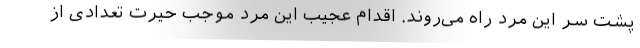
پشت سر این مرد راه می‌روند. اقدام عجیب این مرد موجب حیرت تعدادی از